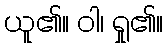
ယူ၏။ ဝါ၊ ရှု၏။